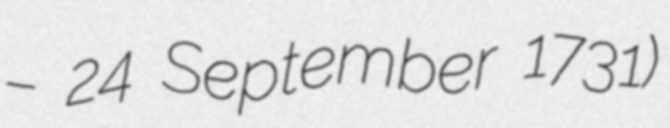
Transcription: – 24 September 1731)